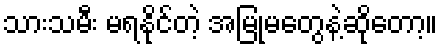
သားသမီး မရနိုင်တဲ့ အမြုံမတွေနဲ့ဆိုတော့။